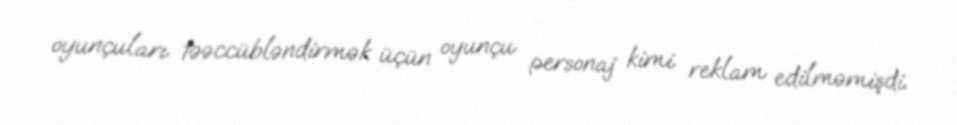
oyunçuları təəccübləndirmək üçün oyunçu personaj kimi reklam edilməmişdi.